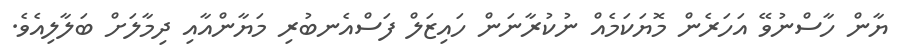
ޔާން ހާސްނުވޭ އަހަރެން މޮޔަކަމެއް ނުކުރާނަން ހައިޒަލް ފަސްއެނބުރި މަޔާންއާއި ދިމާލަށް ބަލާލިއެވެ.